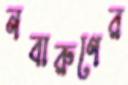
নবারুণের